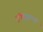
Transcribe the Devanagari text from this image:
मुष्टियुद्धाच्या